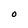
Character: 0